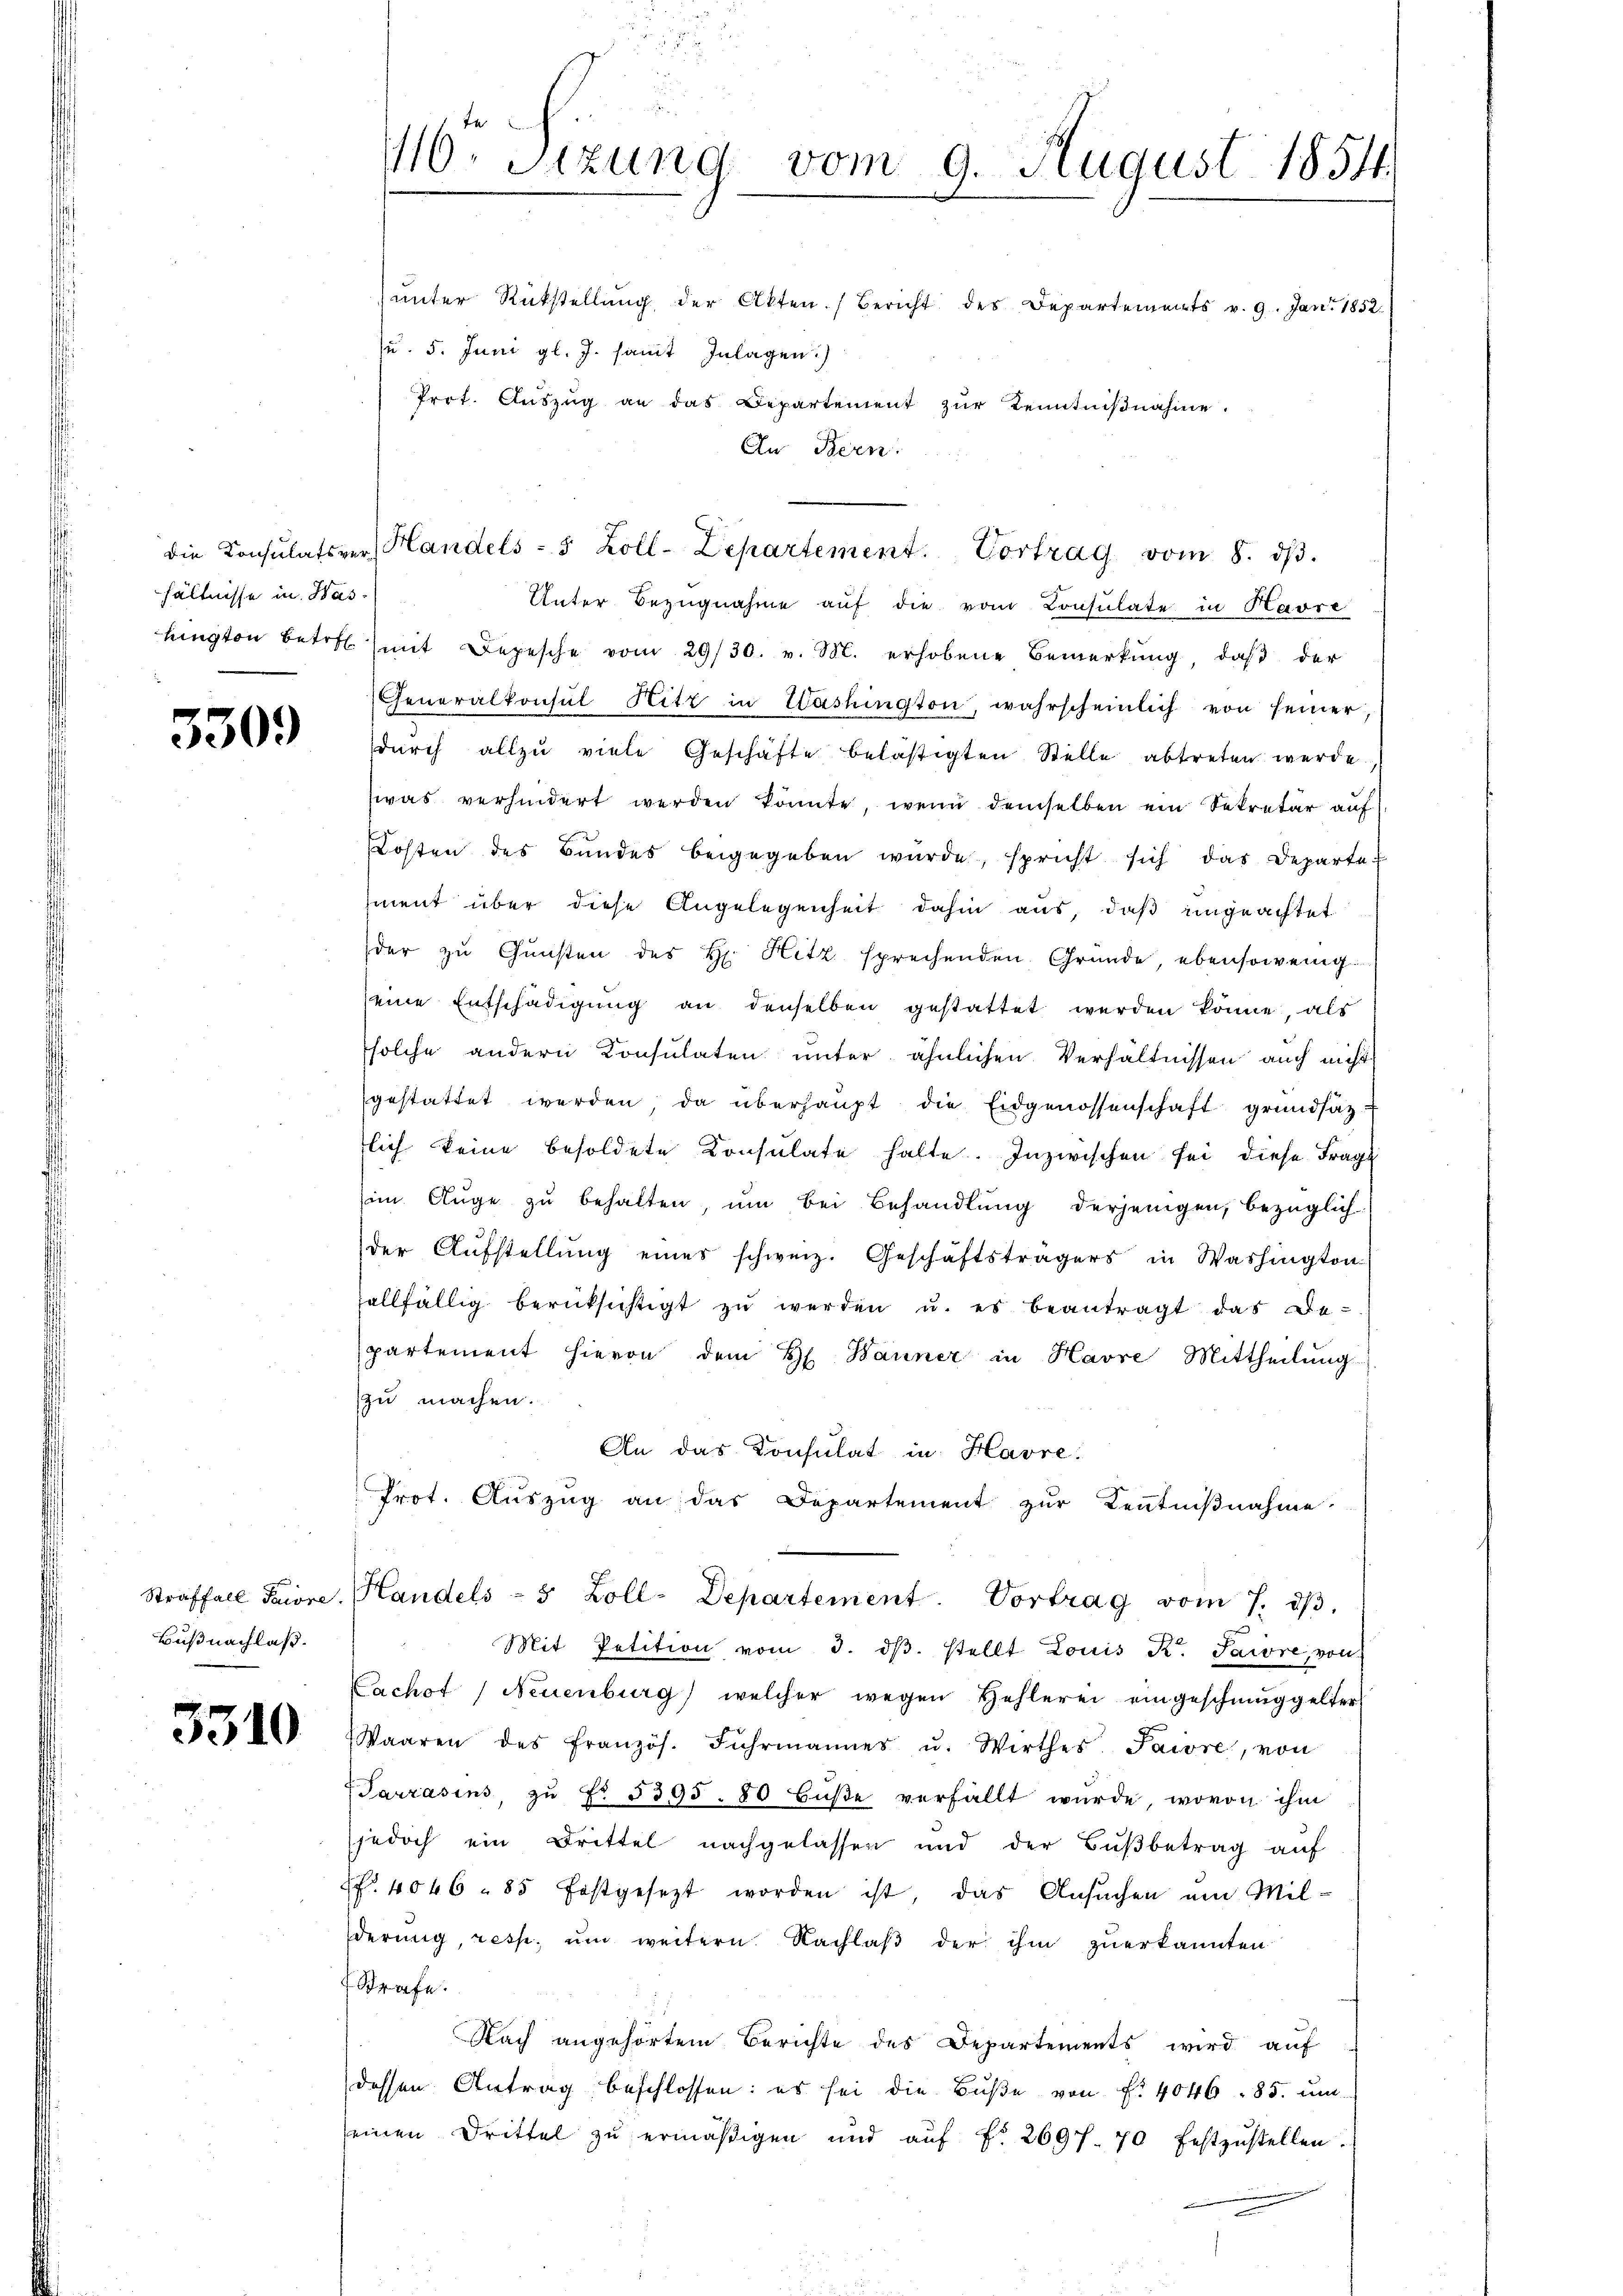
hältnisse in Was¬

5309

Bußnachlaß.

3510

416. Sizung vom 9. August 1854.

ŭnter Rückstellŭng der Akten. Bericht des Departements v. 9. Jan. 1852.
su. 5. Juni gl. J. sammt Inlagen.)
Prot. Aŭszŭg an das Departement zŭr Kenntniβnahme.
In Bern.

die Consulativer Handels- 5 Zoll-Departement. Vortrag vom 8. dβ.

Unter Bezugnahme auf die vom Consulate in Havre
lingten betrett mit Depesche vom 29/30. v. M. erhobene Bemerkung, daβ der
Generalkonsul Hitz in Washington, wahrscheinlich von seiner
durch allzu viele Geschäfte belästigten Stelle abtreten werde
was verhindert werden könnte, wenn demselben ein Sekretär auf
Kosten des Bundes beigegeben wurde, spricht sich das Departe
ment über diese Angelegenheit dahin aus, daß eingeachtet
der zŭ Gŭnsten des H. Hitz sprechenden Gründe, ebensowenigseine Entschädigŭng an denselben gestattet werden könne, als
solche andern Konsulaten ŭnter ähnlichen Verhältnissen auch nicht
gestattet werden, da überhaŭpt die Eidgenossenschaft grundsatz
lich keine besoldete Konsulate halte. Inzwischen sei diese Frage
(im Auge zu behalten, um bei Behandlung derjenigen, bezüglich
der Aŭfstellŭng eines schweiz. Geschäftsträgers in Washington
allfällig berücksichtigt zu werden u. es beantragt das Bepartement hievon dem H. Banner in Havre Mittheilung
zu machen.
An das Konsulat in Havre:
Prot. Auszug an das Departement zur Kenntnißnahme.
Straffall Priore Handels- 5 Zoll-Departement Vortrag vom 7. dβ.
Mit Petition vom 3. dβ. stellt Louis K. Saire, von
Cachot / Neuenburg) welcher wegen Hehlerei eingeschmuggelter
Waaren des französ. Fŭhrmannes u. Wirthes Paiore, von
Tarzasins zŭ Fr. 5395. 80 Hŭβe verfällt wurde, wovon ihm
jedoch ein Drittel nachgelassen und der Bŭβbetrag auf
f. 4046 - 85 festgesezt worden ist, das Ansuchen um Milderung, resp. um weitern Nachlaß der ihm zuerkannten
Strafe.
Nach angehörtem Berichte des Departements wird auf
dessen Antrag beschlossen: es sei die Bŭβe von f. 4046. 85. ŭm
seinen Drittel zŭ ermäβigen und aŭf fr. 2697. 70 festzŭstellen.